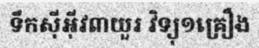
ទឹកស៊ីអ៊ីវ៣យួរ វិទ្យុ១គ្រឿង